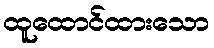
ထူထောင်ထားသော